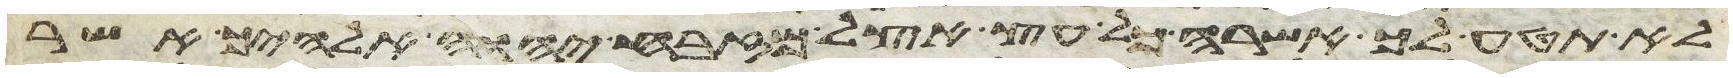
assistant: לא תטע לך אשרה כל עץ אצל מזבח יהוה אלהיך אשר